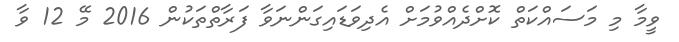
ވީމާ މި މަސައްކަތް ކޮށްދެއްވުމަށް އެދިވަޑައިގަންނަވާ ފަރާތްތަކުން 2016 މޭ 12 ވާ